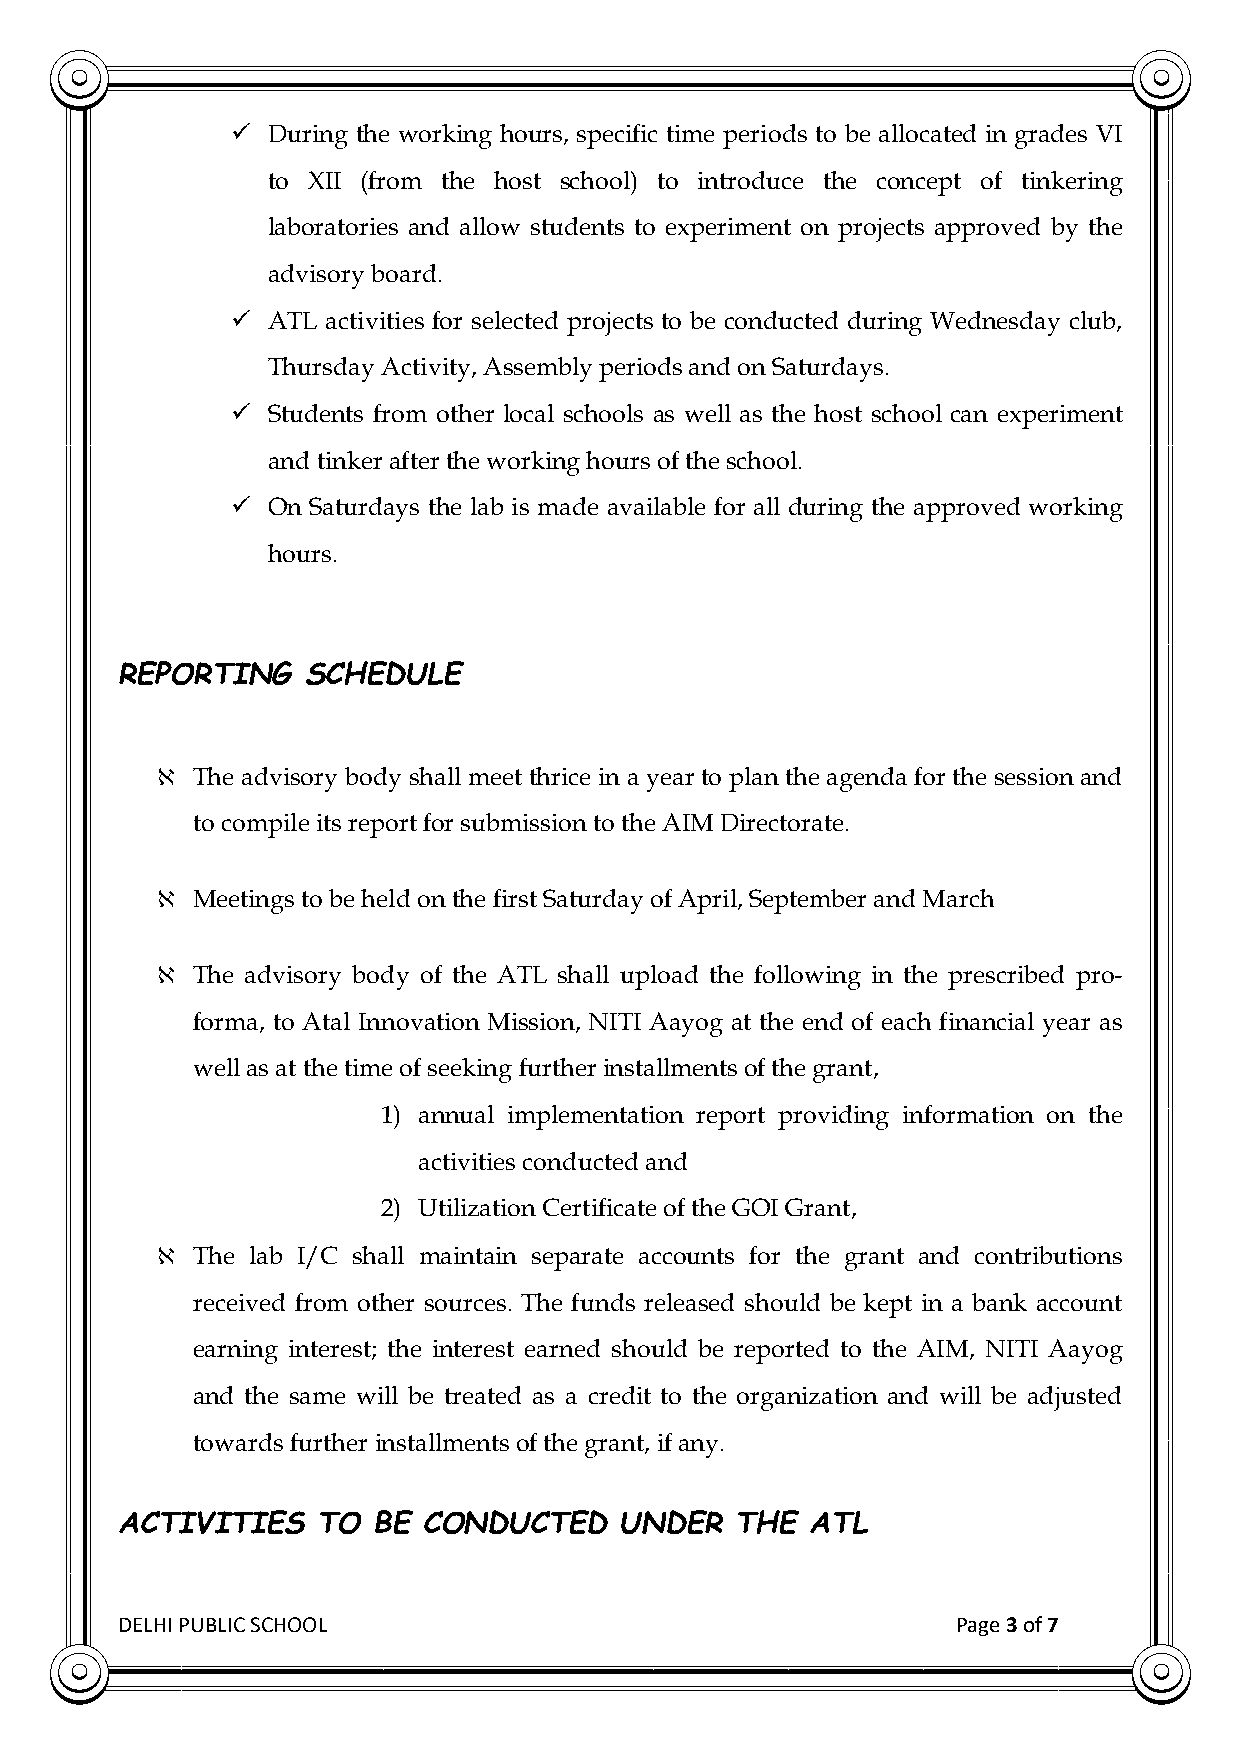
  During the working hours, specific time periods to be allocated in grades VI
 to XII (from the host school) to introduce the concept of tinkering
 laboratories and allow students to experiment on projects approved by the
 advisory board.
   ATL activities for selected projects to be conducted during Wednesday club,
 Thursday Activity, Assembly periods and on Saturdays.
   Students from other local schools as well as the host school can experiment
 and tinker after the working hours of the school.
   On Saturdays the lab is made available for all during the approved working
 hours.
 REPORTING   SCHEDULE
 ℵ  The advisory body shall meet thrice in a year to plan the agenda for the session and
 to compile its report for submission to the AIM Directorate.
 ℵ  Meetings to be held on the first Saturday of April, September and March
 ℵ  The advisory body of the ATL shall upload the following in the prescribed pro-
 forma, to Atal Innovation Mission, NITI Aayog at the end of each financial year as
 well as at the time of seeking further installments of the grant,
 1) annual implementation report providing information on the
 activities conducted and
 2) Utilization Certificate of the GOI Grant,
 ℵ  The lab I/C shall maintain separate accounts for the grant and contributions
 received from other sources. The funds released should be kept in a bank account
 earning interest; the interest earned should be reported to the AIM, NITI Aayog
 and the same will be treated as a credit to the organization and will be adjusted
 towards further installments of the grant, if any.
 ACTIVITIES   TO  BE CONDUCTED    UNDER   THE  ATL
 DELHI PUBLIC SCHOOL                                    Page 3 of 7